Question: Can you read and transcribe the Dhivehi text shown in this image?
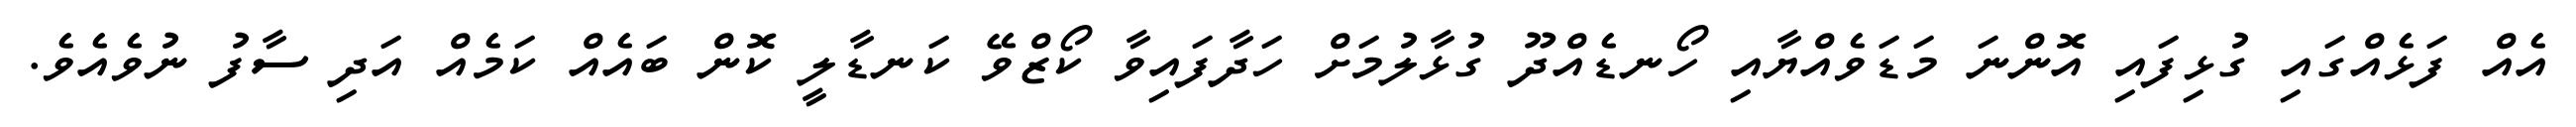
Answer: އެއް ފަޅެއްގައި ގުޅިފައި އޮންނަ މަޑަވެއްޔާއި ހޯނޑެއްދޫ ގުޅާލުމަށް ހަދާފައިވާ ކޯޒްވޭ ކަނޑާލީ ކޮން ބައެއް ކަމެއް އަދި ސާފު ނުވެއެވެ.